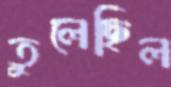
তুলেছিল